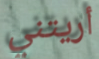
أريتني